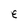
Character: e